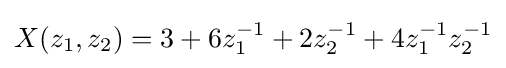
X(z_{1},z_{2})=3+6z_{1}^{-1}+2z_{2}^{-1}+4z_{1}^{-1}z_{2}^{-1}